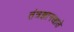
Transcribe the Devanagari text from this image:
तंत्रज्ञानखाते